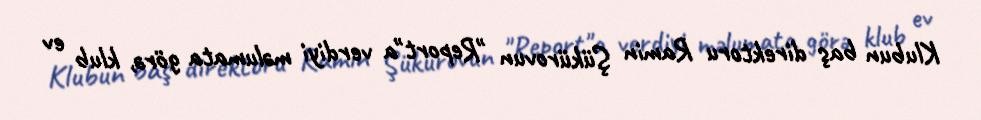
Klubun baş direktoru Ramin Şükürovun "Report"a verdiyi məlumata görə, klub ev